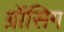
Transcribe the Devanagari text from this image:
ग्रॉसिग